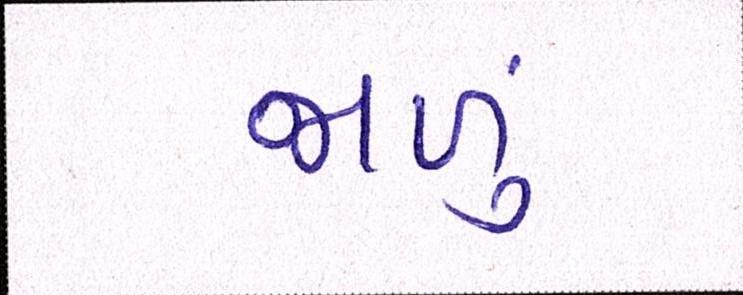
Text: જાળું